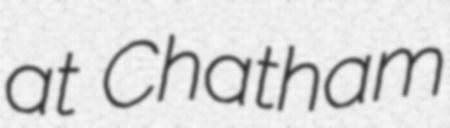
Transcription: at Chatham